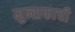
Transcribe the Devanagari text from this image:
मुन्सफाची